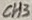
Text: CH3